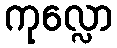
ကုလ္လော